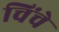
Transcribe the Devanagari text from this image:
चिंचे